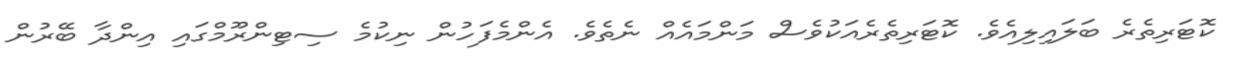
ކޮޓަރިތެރެ ބަލައިލިއެވެ. ކޮޓަރިތެރެއަކުވެސް މަންމައެއް ނެތެވެ. އެންމެފަހުން ނިކުމެ ސިޓިންރޫމްގައި އިންދާ ބޭރުން